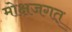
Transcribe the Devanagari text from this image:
मोक्षजगत्